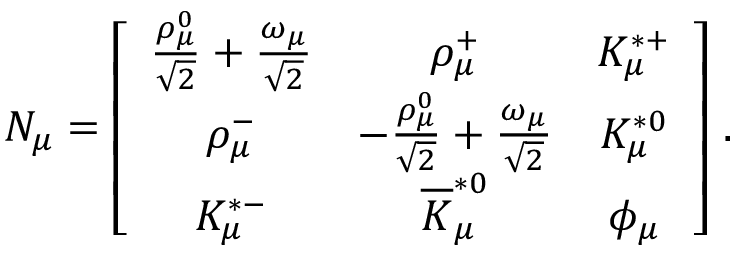
N _ { \mu } = \left[ \begin{array} { c c c } { { { \frac { \rho _ { \mu } ^ { 0 } } { \sqrt { 2 } } } + { \frac { \omega _ { \mu } } { \sqrt { 2 } } } } } & { { \rho _ { \mu } ^ { + } } } & { { K _ { \mu } ^ { * + } } } \\ { { \rho _ { \mu } ^ { - } } } & { { - { \frac { \rho _ { \mu } ^ { 0 } } { \sqrt { 2 } } } + { \frac { \omega _ { \mu } } { \sqrt { 2 } } } } } & { { K _ { \mu } ^ { * 0 } } } \\ { { K _ { \mu } ^ { * - } } } & { { \overline { { K } } _ { \mu } ^ { * 0 } } } & { { \phi _ { \mu } } } \end{array} \right] \, .